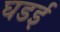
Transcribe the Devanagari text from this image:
घडई